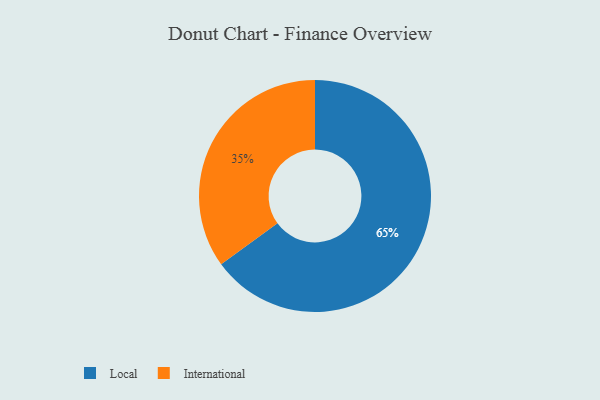
{"axis": {"x": "Category", "y": "Percentage"}, "legend": ["International", "Local"], "data": [{"x": "Local", "y": 65, "type": "Local"}, {"x": "International", "y": 35, "type": "International"}]}